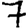
Digit: 7